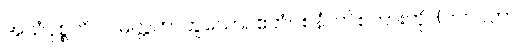
အယံဝုစ္စတိပါပမိတ္တတာဟူသော။ ဧတံဝစနံ၊ ဤစကားကို။ (ဘဂဝတာ၊